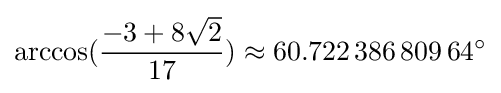
\arccos({\frac {-3+8{\sqrt {2}}}{17}})\approx 60.722\,386\,809\,64^{\circ }